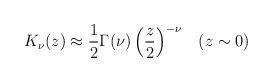
LaTeX: \begin{align*}K_{\nu }(z)\approx \frac{1}{2}\Gamma (\nu )\left( \frac{z}{2}\right) ^{-\nu}\;\;\;(z\sim 0) \end{align*}